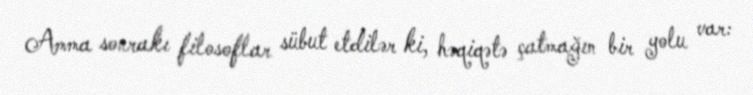
Amma sonrakı filosoflar sübut etdilər ki, həqiqətə çatmağın bir yolu var: